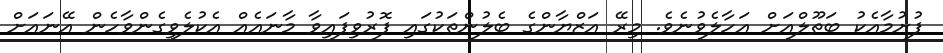
ފުށުމާއެކު ބަތޫލްއަށް އަހާލެވުނެވެ. މިރޭ އަޒްޔާންގެ ބެލުންތަކުގައި ފޮރުވިފައިވާ މާނައެއް އެކުލެވިގެންވާހެން އޭނައަށް